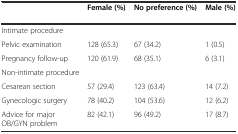
|  | Female (%) | No preference (%) | Male (%) |
 | --- | --- | --- | --- |
 | Intimate procedure |  |  |  |
 | Pelvic examination | 128 (65.3) | 67 (34.2) | 1 (0.5) |
 | Pregnancy follow-up | 120 (61.9) | 68 (35.1) | 6 (3.1) |
 | Non-intimate procedure |  |  |  |
 | Cesarean section | 57 (29.4) | 123 (63.4) | 14 (7.2) |
 | Gynecologic surgery | 78 (40.2) | 104 (53.6) | 12 (6.2) |
 | Advice for major OB/GYN problem | 82 (42.1) | 96 (49.2) | 17 (8.7) |